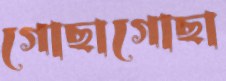
গোছাগোছা